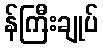
န်ကြီးချုပ်